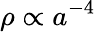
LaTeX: \rho\propto a^{-4}